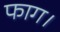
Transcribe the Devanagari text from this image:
फाग।